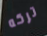
تركه